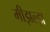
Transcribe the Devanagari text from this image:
मीझल्झ